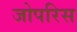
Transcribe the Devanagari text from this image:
जोपरिस